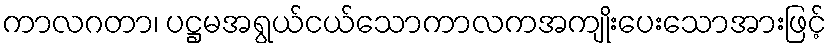
ကာလဂတာ၊ ပဋ္ဌမအရွယ်ငယ်သောကာလကအကျိုးပေးသောအားဖြင့်